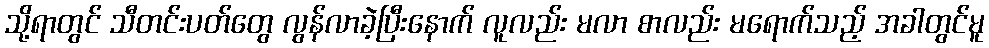
သို့ရာတွင် သီတင်းပတ်တွေ လွန်လာခဲ့ပြီးနောက် လူလည်း မလာ စာလည်း မရောက်သည့် အခါတွင်မူ